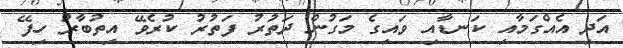
އަދި އެއްގަމާއި ކަނޑާއި ވައިގެ މަގުން ދަތުރު ފަތުރު ކުރެވޭ އިތުބާރު ހިފޭ